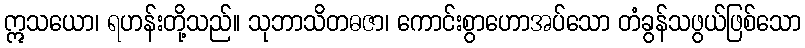
ဣသယော၊ ရဟန်းတို့သည်။ သုဘာသိတဓဇာ၊ ကောင်းစွာဟောအပ်သော တံခွန်သဖွယ်ဖြစ်သော